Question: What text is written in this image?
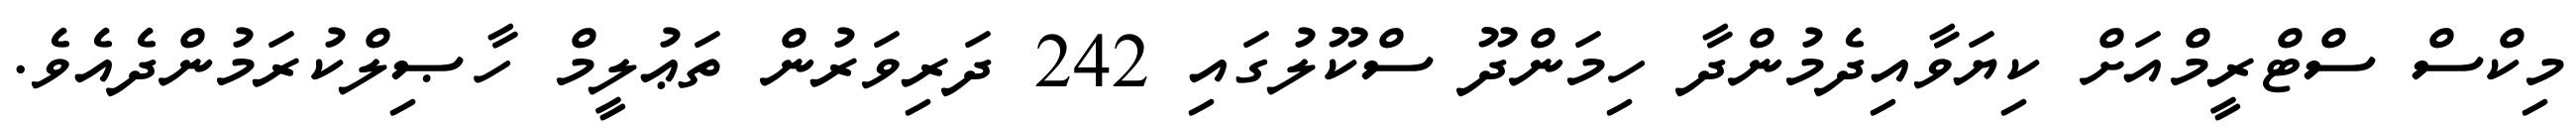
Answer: މިކްސް ސްޓްރީމްއަށް ކިޔަވާއިދެމުންދާ ހިމަންދޫ ސްކޫލުގައި 242 ދަރިވަރުން ތަޢުލީމް ހާޞިލްކުރަމުންދެއެވެ.